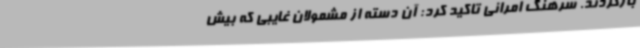
بازگردند. سرهنگ امرانی تاکید کرد: آن دسته از مشمولان غایبی که بیش